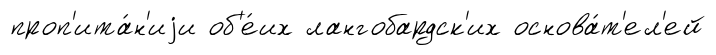
проп'ита́н'иjи об'е́их лангобардск'их основа́т'ел'ей